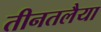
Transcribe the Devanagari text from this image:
तीनतलैया